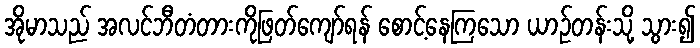
အိုမာသည် အလင်ဘီတံတားကိုဖြတ်ကျော်ရန် စောင့်နေကြသော ယာဉ်တန်းသို့ သွား၍